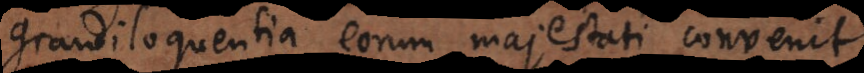
grandiloquentia eorum majestati convenit.